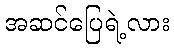
အဆင်ပြေရဲ့လား